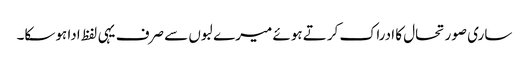
ساری صورتحال کا ادراک کرتے ہوئے میرے لبوں سے صرف یہی لفظ ادا ہوسکا۔